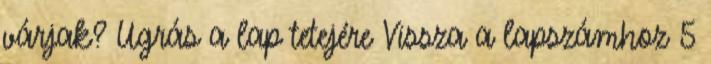
várjak? Ugrás a lap tetejére Vissza a lapszámhoz 5